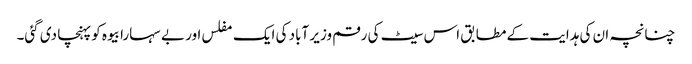
چنانچہ ان کی ہدایت کے مطابق اس سیٹ کی رقم وزیر آباد کی ایک مفلس اور بے سہارا بیوہ کو پہنچا دی گئی۔